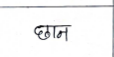
मजकूर: छान